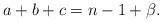
LaTeX: \begin{align*} a+b+c=n-1+\beta.\end{align*}